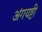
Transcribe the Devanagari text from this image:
अंगयष्टी